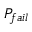
P _ { f a i l }